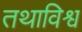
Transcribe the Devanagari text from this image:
तथाविश्व